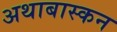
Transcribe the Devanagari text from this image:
अथाबास्कन